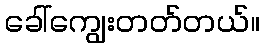
ခေါ်ကျွေးတတ်တယ်။